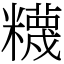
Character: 𥽘